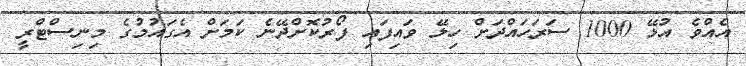
އެއްވެ އުޅޭ 1000 ސަރަހައްދަށް ހިލޭ ވައިފައި ފޯރުކޮށްދޭނެ ކަމަށް އެގައުމުގެ މިނިސްޓްރީ